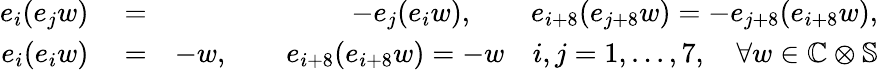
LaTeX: \begin{array}{rlr}{e_{i}(e_{j}w)}&{{}=}&{-e_{j}(e_{i}w),\qquad e_{i+8}(e_{j+8}w)=-e_{j+8}(e_{i+8}w),}\\ {e_{i}(e_{i}w)}&{{}=}&{-w,\qquad e_{i+8}(e_{i+8}w)=-w\quad i,j=1,...,7,\quad\forall w\in\mathbb{C}\otimes\mathbb{S}}\end{array}